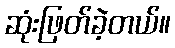
ဆုံးဖြတ်ခဲ့တယ်။